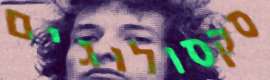
סקסולוגים